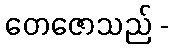
တေဇောသည် -